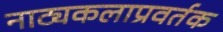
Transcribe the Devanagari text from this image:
नाट्यकलाप्रवर्तक